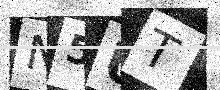
Text: N5UT